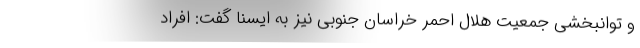
و توانبخشی جمعیت هلال‌ احمر خراسان‌ جنوبی نیز به ایسنا گفت: افراد